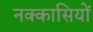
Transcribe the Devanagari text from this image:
नक्‍कासियों